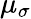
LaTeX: \mu_{\sigma}